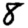
Digit: 8